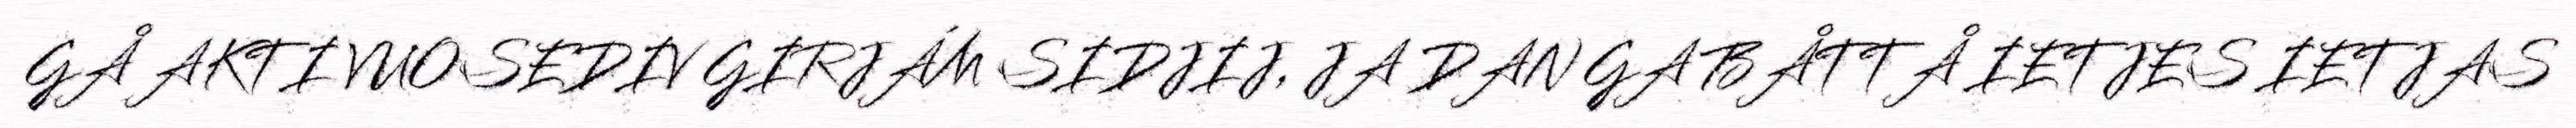
GÅ AKTI VUOSEDIV GIRJÁM SIDJIJ, JA DAN GA BÅTTÅ IETJES IETJAS